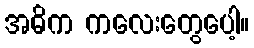
အဓိက ကလေးတွေပေါ့။